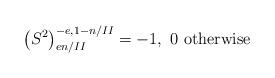
LaTeX: \begin{align*}\left(S^{2}\right)_{en/II}^{-e,1-n/II}=-1,\ 0\mbox{ otherwise}\end{align*}